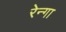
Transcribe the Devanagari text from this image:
रेन्गा